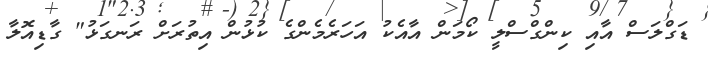
ޑަގްލަސް އާއި ކިންގްސްލީ ކޯމަން އާއެކު އަހަރެމެންގެ ކުޅުން އިތުރަށް ރަނގަޅު" ގާޑިއޮލާ